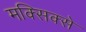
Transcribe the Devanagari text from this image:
मक्सिक्से